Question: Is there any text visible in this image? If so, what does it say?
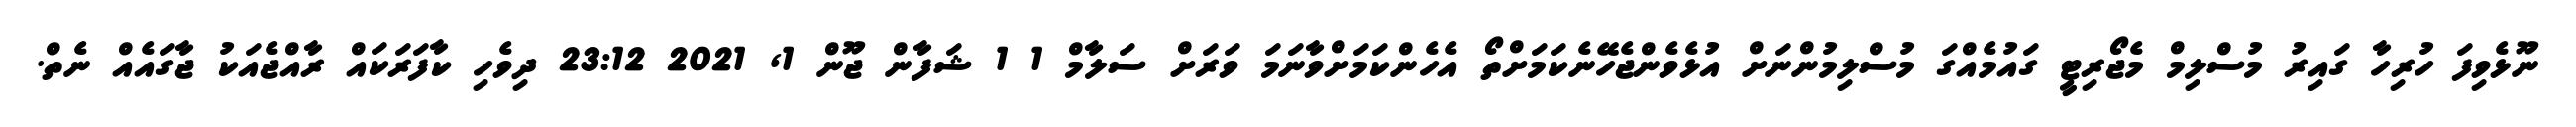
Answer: ނޫޅެވިފަ ހުރިހާ ގައިރު މުސްލިމް މެޖޯރިޓީ ގައުމެއްގަ މުސްލިމުންނަށް އުޅެވެންޖެހޭނެކަމަށްތޯ އެހެންކަމަށްވާނަމަ ވަރަށް ސަލާމް 1 1 ޝަފާން ޖޫން 1, 2021 23:12 ދިވެހި ކާފަރަކައް ރާއްޖެއަކު ޖާގައެއް ނެތް.